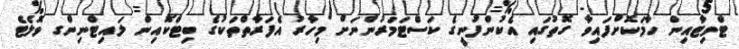
ޓްވިޓާއިން ހާމަކޮށްފައިވާ ގޮތުގައި އެކުންފުނީގެ ކަސްޓަމަރުންނަށް މިހާރު އެފަރާތްތަކުގެ ބިޓްކޮއިން ލައިޓްނިންގ ވޮލެޓެ